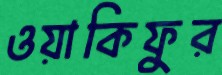
ওয়াকিফুর